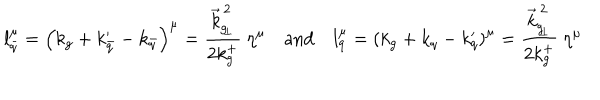
LaTeX: l _ { \bar { q } } ^ { \mu } = \left( k _ { g } + k _ { \bar { q } } ^ { \prime } - k _ { \bar { q } } \right) ^ { \mu } = { \frac { \vec { k } _ { g _ { \! \perp } } ^ { \, 2 } } { 2 k _ { g } ^ { + } } } \ \eta ^ { \mu } \quad \mathrm { a n d } \quad l _ { q } ^ { \mu } = \left( k _ { g } + k _ { q } - k _ { q } ^ { \prime } \right) ^ { \mu } = { \frac { \vec { k } _ { g _ { \! \perp } } ^ { \, 2 } } { 2 k _ { g } ^ { + } } } \ \eta ^ { \mu }